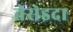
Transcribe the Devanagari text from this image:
तेसेइदा